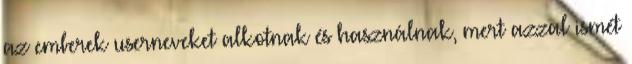
az emberek userneveket alkotnak és használnak, mert azzal ismét